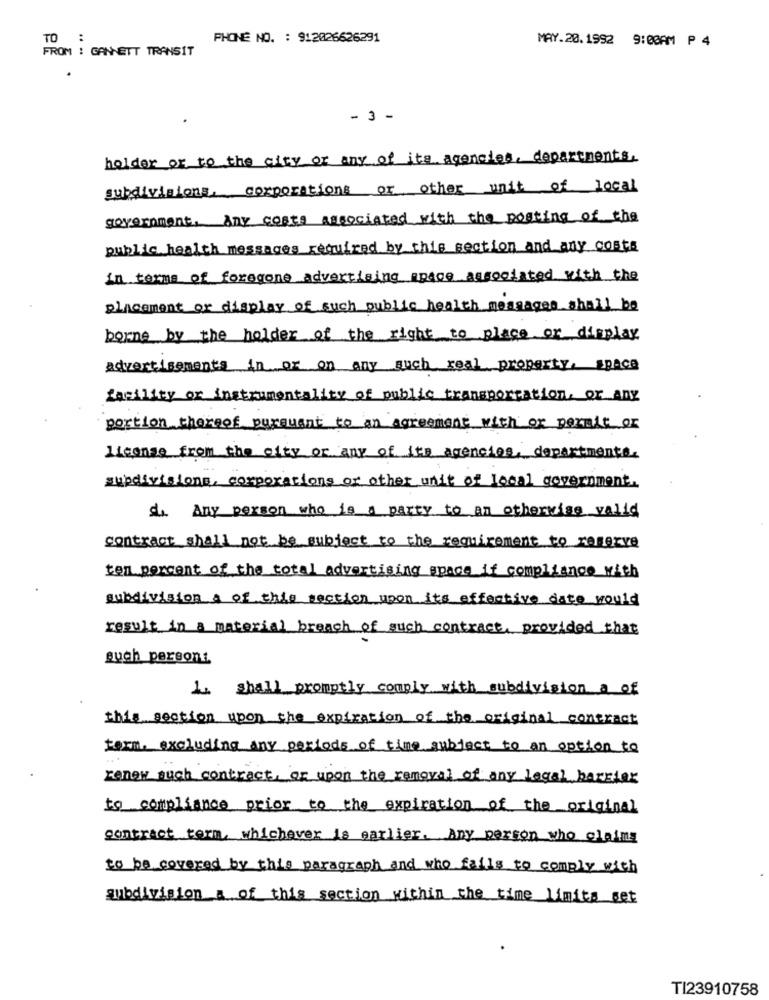
TO :
PHONE NO. : 912026626291
MAY.20.1992 9:00AM P 4
FROM : GANNETT TRANSIT
- 3 -
holder or to the city or any of its agencies, departments.
subdivisions, corporations or other unit of local
government, Any costs associated with the posting of the
public health messages required by this section and any costs
in terms of foregone advertising space associated with the
placement or display of such public health messages shall be
borne by the holder of the right to place or display
advertisements in or on any such real property, space
facility or instrumentality of public transportation, or any
portion thereof pursuant to an agreement with or permit or
license from the city or any of its agencies, departmente.
supdivisions, corporations or other unit of local government.
d Any person who is a party to an otherwise valid
contract shall not be subject to the requirement to reserve
ten percent of the total advertising space if compliance with
subdivision a of this section upon its effective date would
result in a material breach of such contract, provided that
such persont
I shall promptly comply with subdivision a of
this section upon the expiration of the original contract
form, excluding any periods of time subject to an option to
renew such contract, or upon the removal of any legal barrier
to compliance prior to the expiration of the original
contract term, whichever is earlier. Any person who claims
to be covered by this paragraph and who fails to comply with
subdivision a of this section within the time limits get
TI23910758